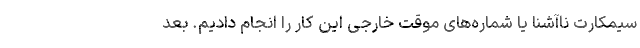
سیمکارت ناآشنا یا شماره‌های موقت خارجی این کار را انجام دادیم. بعد